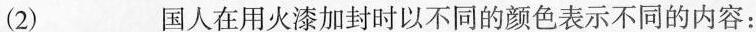
(2)___国人在用火漆加封时以不同的颜色表示不同的内容：